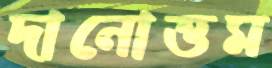
দানোত্তম